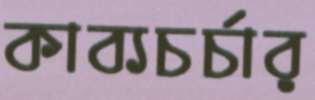
কাব্যচর্চার